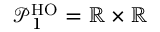
\mathcal { P } _ { 1 } ^ { \mathrm { H O } } = \mathbb { R } \times \mathbb { R }